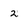
Character: 2